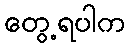
တွေ့ရပါက